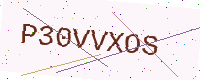
Text: P30VVXOS